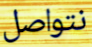
نتواصل